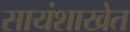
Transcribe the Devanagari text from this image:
सायंशाखेत